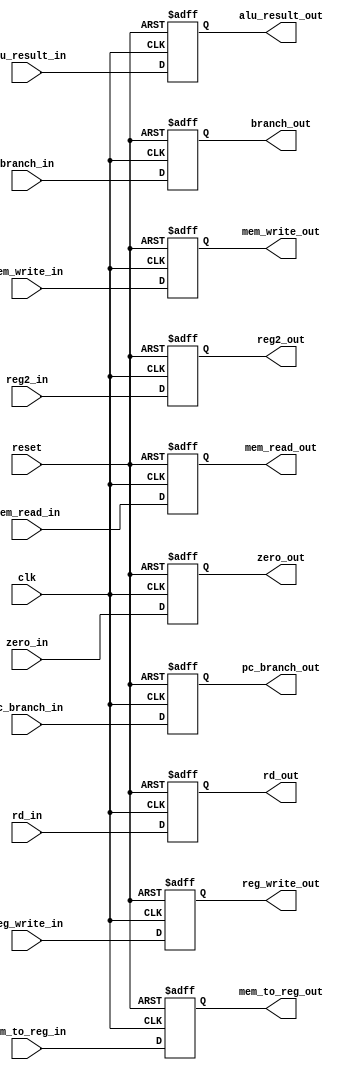
module EX_MEM(
    input clk, reset,
    input [31:0] alu_result_in, reg2_in, pc_branch_in,
    input [4:0] rd_in,
    input zero_in, branch_in, mem_read_in, mem_write_in, reg_write_in, mem_to_reg_in,
    output reg [31:0] alu_result_out, reg2_out, pc_branch_out,
    output reg [4:0] rd_out,
    output reg zero_out, branch_out, mem_read_out, mem_write_out, reg_write_out, mem_to_reg_out
);
    always @(posedge clk or posedge reset) begin
        if (reset) begin
            alu_result_out <= 32'b0;
            reg2_out <= 32'b0;
            pc_branch_out <= 32'b0;
            rd_out <= 5'b0;
            zero_out <= 0;
            branch_out <= 0;
            mem_read_out <= 0;
            mem_write_out <= 0;
            reg_write_out <= 0;
            mem_to_reg_out <= 0;
        end else begin
            alu_result_out <= alu_result_in;
            reg2_out <= reg2_in;
            pc_branch_out <= pc_branch_in;
            rd_out <= rd_in;
            zero_out <= zero_in;
            branch_out <= branch_in;
            mem_read_out <= mem_read_in;
            mem_write_out <= mem_write_in;
            reg_write_out <= reg_write_in;
            mem_to_reg_out <= mem_to_reg_in;
        end
    end
endmodule